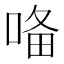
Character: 𭈜